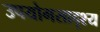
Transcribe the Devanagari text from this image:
उपयोगसादृश्य